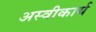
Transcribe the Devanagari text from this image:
अस्‍वीकार्य